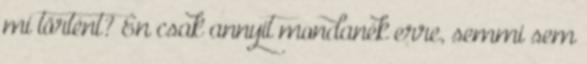
mi történt? Én csak annyit mondanék erre, semmi sem